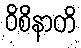
ဝိစိနာတိ